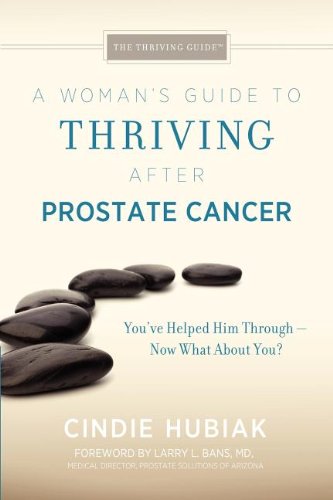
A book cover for A Woman's Guide to Thriving after Prostate Cancer; Cindie Hubiak; Health, Fitness & Dieting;